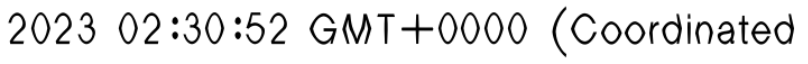
2023 02:30:52 GMT+0000 (Coordinated